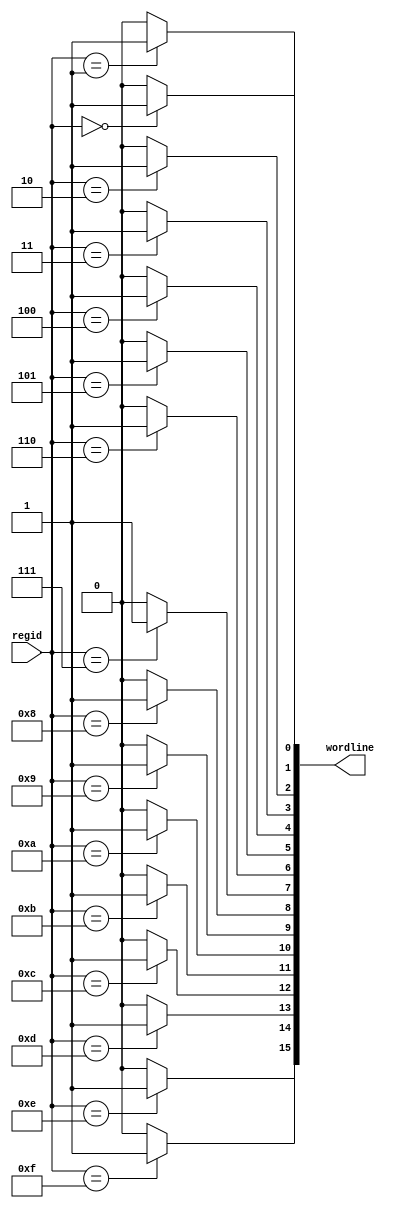
module ReadDecoder_4_16 (

	input[3:0] regid,
	output[15:0] wordline

);

	assign wordline[0] = (regid == 4'h0) ? 1 : 0;
	assign wordline[1] = (regid == 4'h1) ? 1 : 0;
	assign wordline[2] = (regid == 4'h2) ? 1 : 0;
	assign wordline[3] = (regid == 4'h3) ? 1 : 0;
	assign wordline[4] = (regid == 4'h4) ? 1 : 0;
	assign wordline[5] = (regid == 4'h5) ? 1 : 0;
	assign wordline[6] = (regid == 4'h6) ? 1 : 0;
	assign wordline[7] = (regid == 4'h7) ? 1 : 0;
	assign wordline[8] = (regid == 4'h8) ? 1 : 0;
	assign wordline[9] = (regid == 4'h9) ? 1 : 0;
	assign wordline[10] = (regid == 4'hA) ? 1 : 0;
	assign wordline[11] = (regid == 4'hB) ? 1 : 0;
	assign wordline[12] = (regid == 4'hC) ? 1 : 0;
	assign wordline[13] = (regid == 4'hD) ? 1 : 0;
	assign wordline[14] = (regid == 4'hE) ? 1 : 0;
	assign wordline[15] = (regid == 4'hF) ? 1 : 0;

endmodule